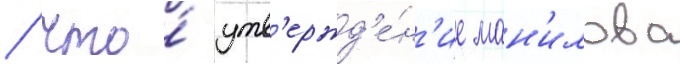
/ что́ утв'ержд'е́н'ие ман'илова